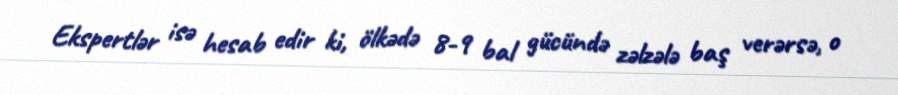
Ekspertlər isə hesab edir ki, ölkədə 8-9 bal gücündə zəlzələ baş verərsə, o